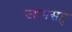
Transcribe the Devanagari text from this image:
जागंसह